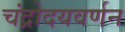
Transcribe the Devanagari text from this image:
चंद्रोदयवर्णन